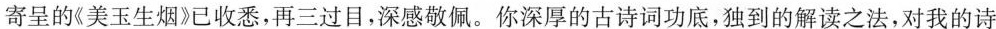
寄呈的《美玉生烟》已收悉，再三过目，深感敬佩。你深厚的古诗词功底，独到的解读之法，对我的诗